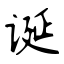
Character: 诞